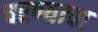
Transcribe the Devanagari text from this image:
चरण्याचा